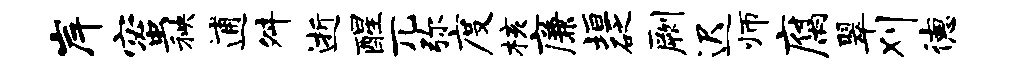
岸蜜秧逋舛逝醒兀弥度核廉垣砭劂迟师腐翠刈德